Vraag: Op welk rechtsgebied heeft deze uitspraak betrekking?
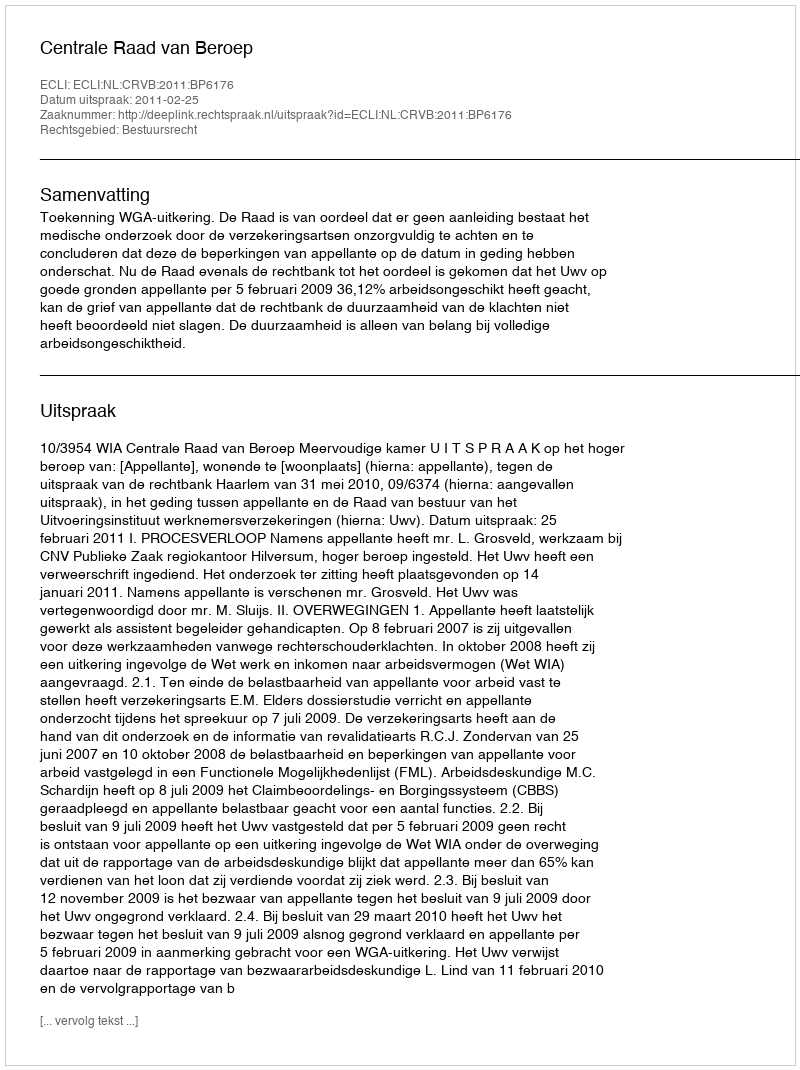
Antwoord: Bestuursrecht